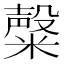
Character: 𥼆